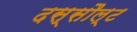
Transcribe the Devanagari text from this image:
दस्सौल्ट